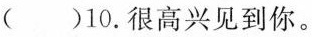
( )10.很高兴见到你.。